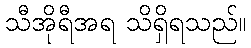
သီအိုရီအရ သိရှိရသည်။